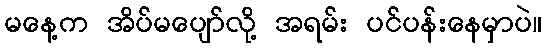
မနေ့က အိပ်မပျော်လို့ အရမ်း ပင်ပန်းနေမှာပဲ။